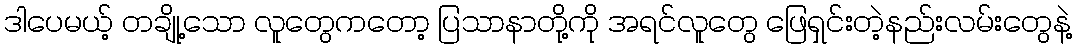
ဒါပေမယ့် တချို့သော လူတွေကတော့ ပြသာနာတို့ကို အရင်လူတွေ ဖြေရှင်းတဲ့နည်းလမ်းတွေနဲ့